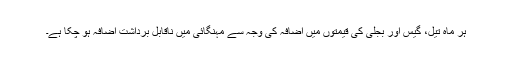
ہر ماہ تیل، گیس اور بجلی کی قیمتوں میں اضافہ کی وجہ سے مہنگائی میں ناقابلِ برداشت اضافہ ہو چکا ہے۔